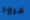
قرود